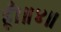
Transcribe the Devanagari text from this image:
हूँ।॥४॥